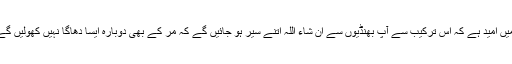
ہمیں امید ہے کہ اس ترکیب سے آپ بھنڈیوں سے ان شاء اللہ اتنے سیر ہو جائیں گے کہ مر کے بھی دوبارہ ایسا دھاگا نہیں کھولیں گے۔